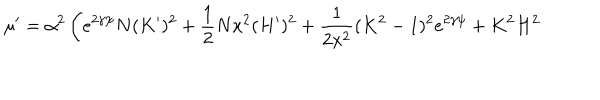
\mu ^ { \prime } = \alpha ^ { 2 } \left( e ^ { 2 \gamma \psi } N ( K ^ { \prime } ) ^ { 2 } + \frac { 1 } { 2 } N x ^ { 2 } ( H ^ { \prime } ) ^ { 2 } + \frac { 1 } { 2 x ^ { 2 } } ( K ^ { 2 } - 1 ) ^ { 2 } e ^ { 2 \gamma \psi } + K ^ { 2 } H ^ { 2 } \right. \, \nonumber